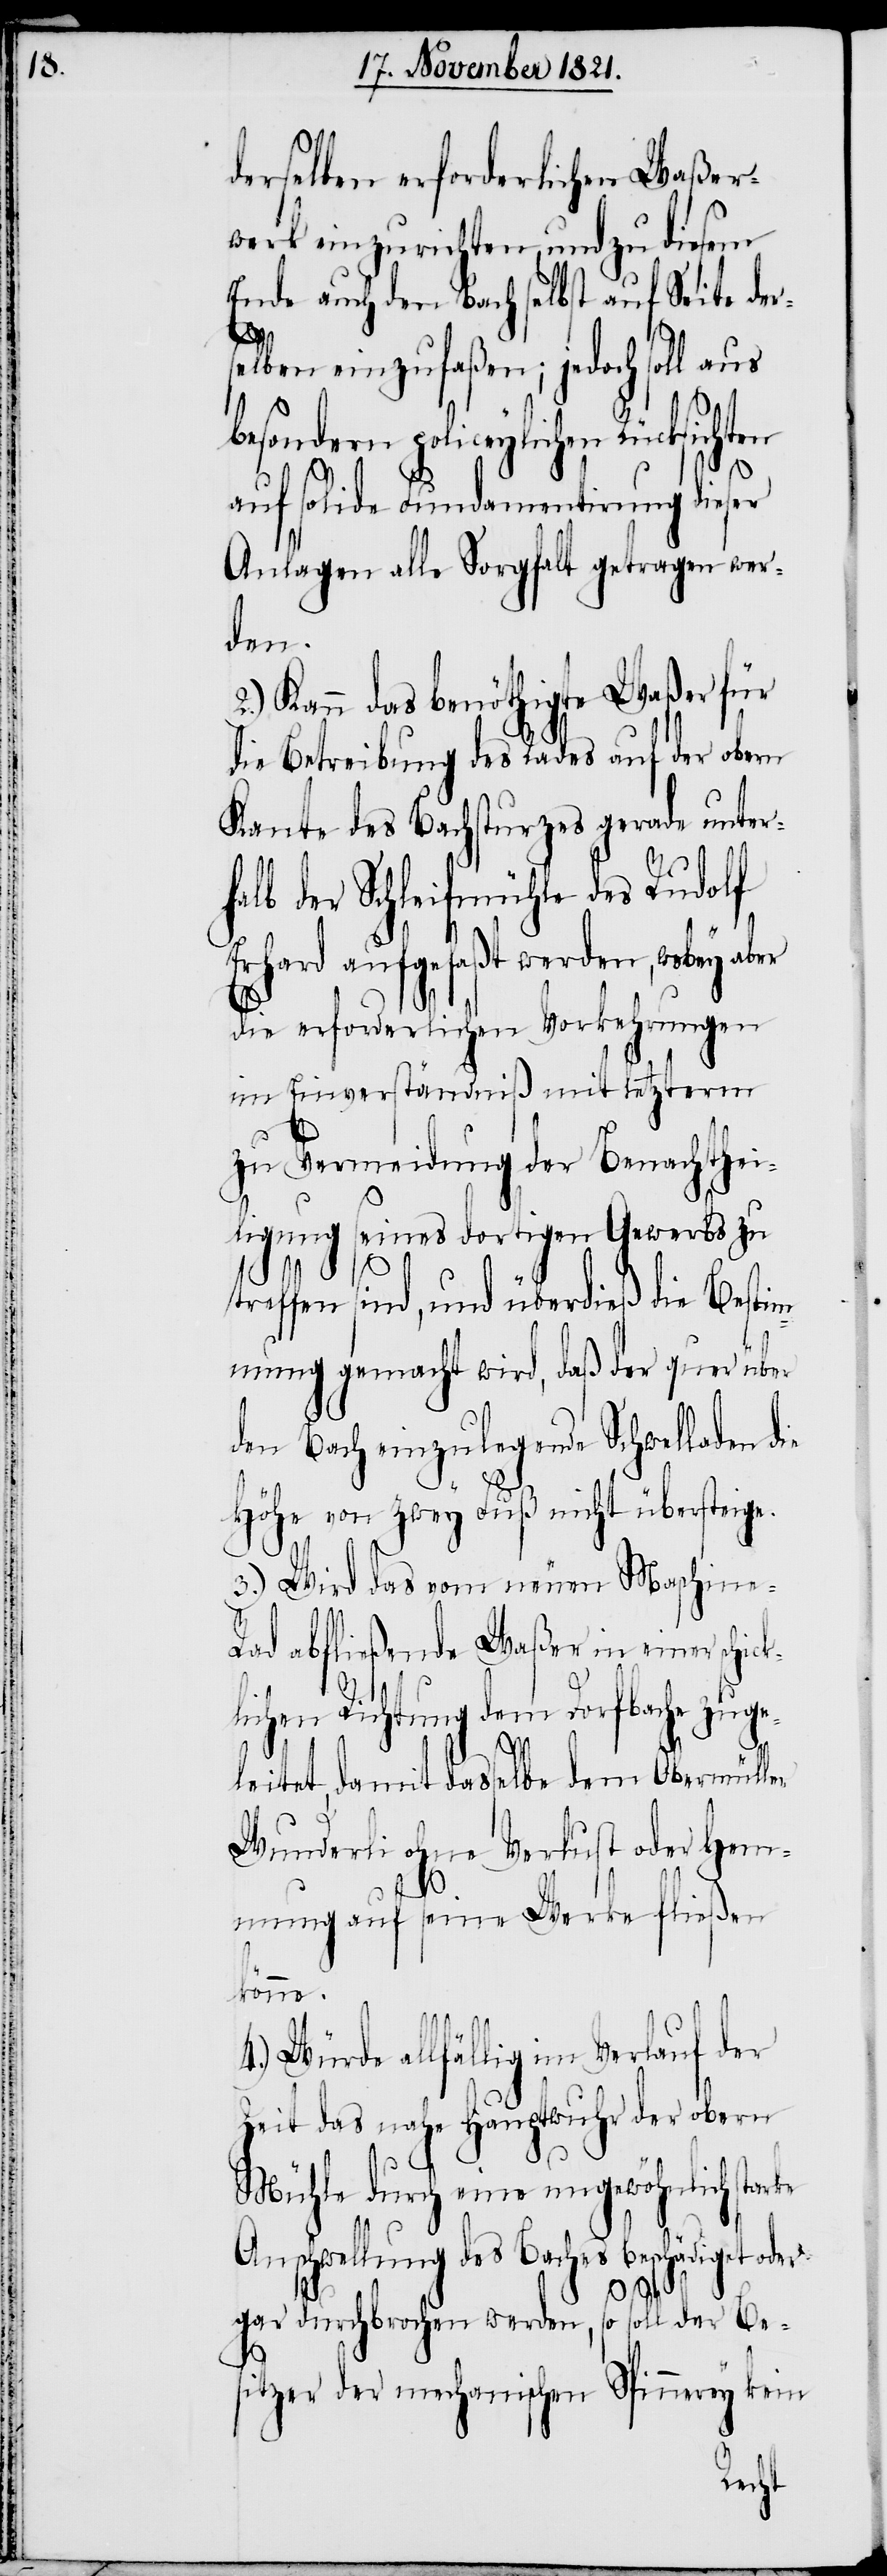
derselben erforderlichen Waßer¬
werk einzurichten, und zu diesem
Ende auch den Bach selbst auf Seite der¬
selben einzufaßen; jedoch soll aus
besondern policeylichen Rücksicht¬
auf solide Fundamentirung dieser
Anlagen alle Sorgfalt getragen wer¬
den.
2.) Kann das benöthigte Waßer für
die Betreibung des Rades auf der obern
Kante des Bachsturzes gerade unter¬
halb der Schleifmühle des Rudolf
Erhard aufgefaßt werden, wobey
die erforderlichen Vorkehrungen
im Einverständniß mit letzterm
zu Vermeidung der Benachtheil¬
igung seines dortigen Gewerbs zu
ck¬
treffen sind, und überdieß die Bestim¬
mung gemacht wird, daß der quer über
den Bach einzulegende Schwelladen die
Höhe von zwey Fuß nicht übersteige.
3.) Wird das vom neuen Maschine-R¬
ad abfließende Waßer in einer schi¬
lichen Richtung dem Dorfbache zuge¬
leitet, damit dasselbe dem Obermüller
Wunderli ohne Verlust oder Hem¬
mung auf seine Werke fließen
könne.
4.) Würde allfällig im Verlauf der
Zeit das nahe Hauptwuhr der obern
Mühle durch eine ungewöhnlich starke
Anschwellung des Baches beschädiget oder
gar durchbrochen werden, so soll der Be¬
sitzer der mechanischen Spinnerey kein